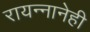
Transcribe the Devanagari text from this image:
रायन्नानेही